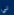
لي